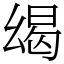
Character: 㡫